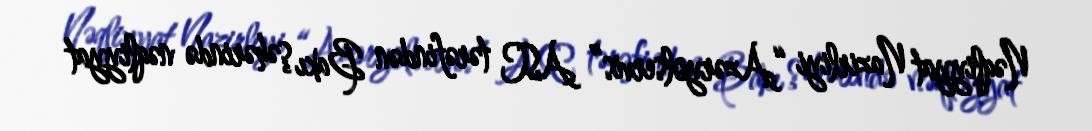
Nəqliyyat Nazirliyi “Azəryolservis” ASC tərəfindən Bakı şəhərində nəqliyyat